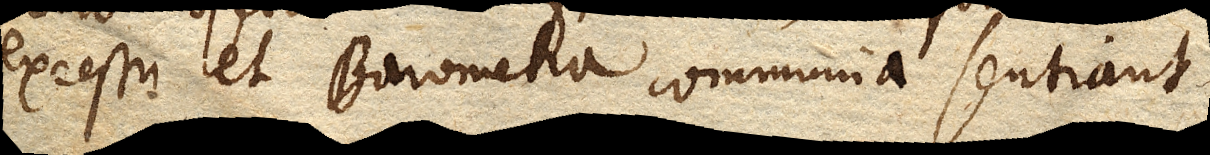
excessu et Barometra communia sentiant